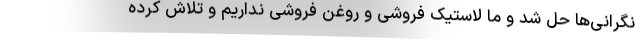
نگرانی‌ها حل شد و ما لاستیک فروشی و روغن فروشی نداریم و تلاش کرده